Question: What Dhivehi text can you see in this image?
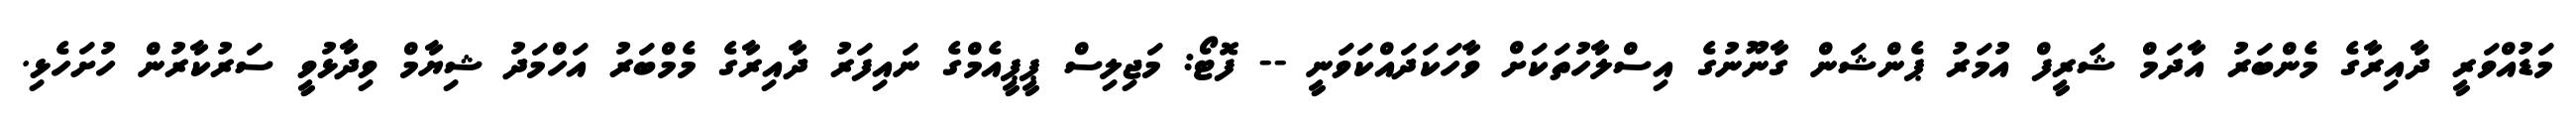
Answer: މަޑުއްވަރީ ދާއިރާގެ މެންބަރު އާދަމް ޝަރީފް އުމަރު ޕެންޝަން ގާނޫނުގެ އިސްލާހުތަކަށް ވާހަކަދައްކަވަނީ -- ފޮޓޯ: މަޖިލިސް ޕީޕީއެމްގެ ނައިފަރު ދާއިރާގެ މެމްބަރު އަހްމަދު ޝިޔާމް ވިދާޅުވީ ސަރުކާރުން ހުށަހެޅި.